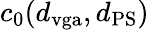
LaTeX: c_{0}(d_{\mathrm{vga}},d_{\mathrm{PS}})